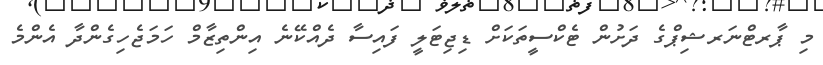
މި ޕާރޓްނަރޝިޕްގެ ދަށުން ޓެކްސީތަކަށް ޑިޖިޓަލީ ފައިސާ ދެއްކޭނެ އިންތިޒާމް ހަމަޖެހިގެންދާ އެންމެ